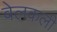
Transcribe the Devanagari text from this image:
बेलकली